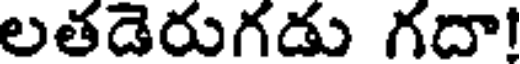
లతడెరుగడు గదా!